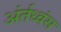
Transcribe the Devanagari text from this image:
अंर्तध्वंस